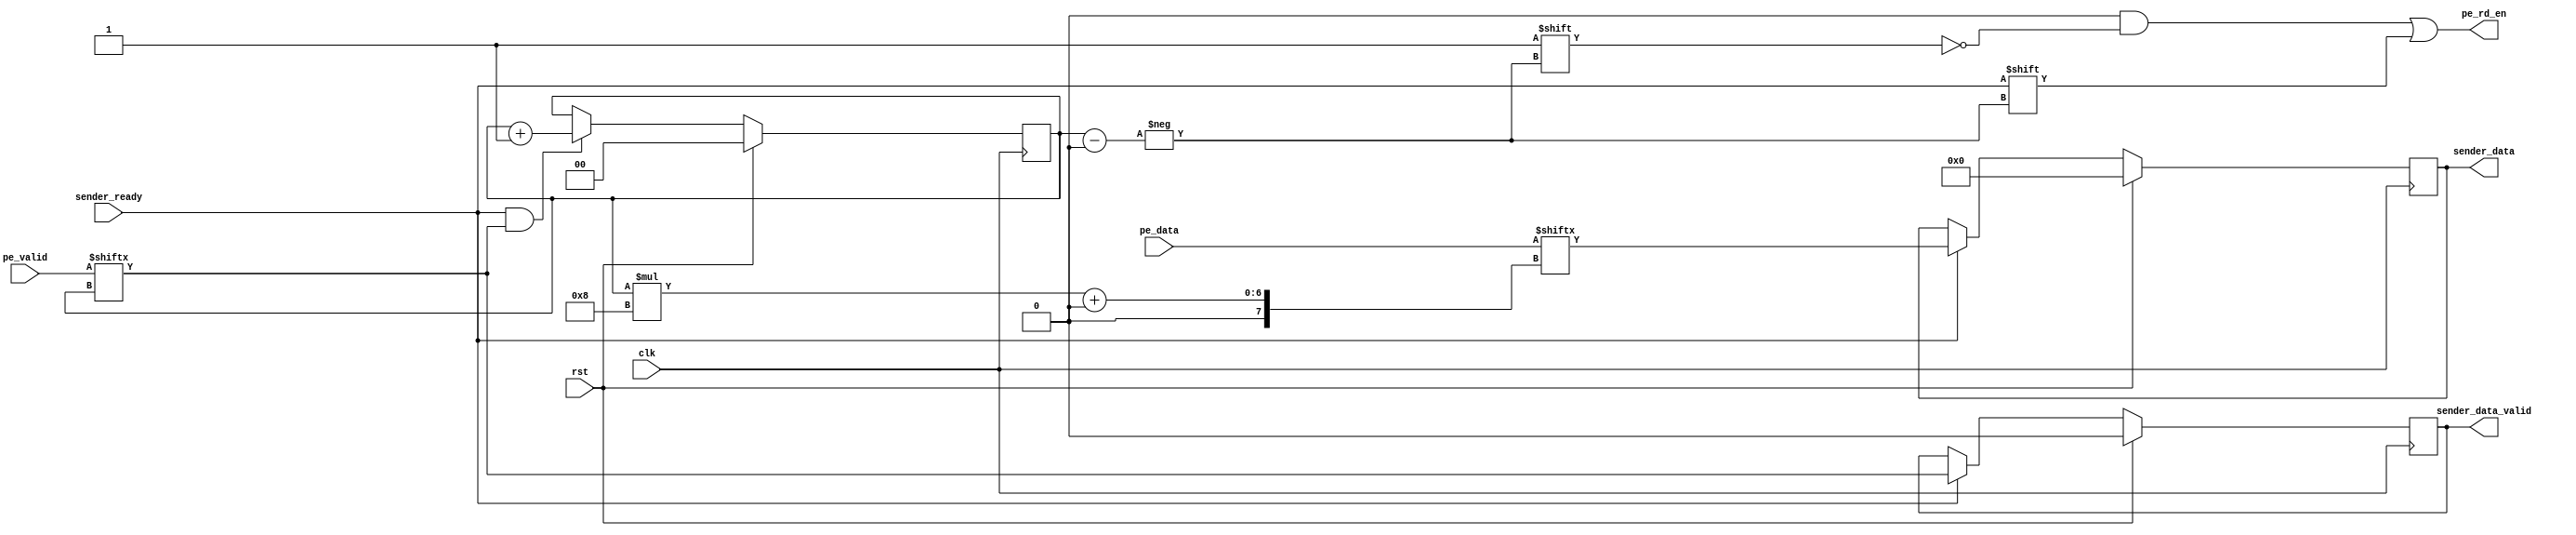
module SHDCollector #(parameter DNA_DATA_WIDTH = 128, NUM_PES = 4) (
        input clk,
        input rst,
        
        //PE Interface
        output reg[NUM_PES - 1:0] pe_rd_en,
        input[NUM_PES*8 - 1:0] pe_data,
        input[NUM_PES - 1:0] pe_valid,
        
        //Sender Interface
        input sender_ready,
        output sender_data_valid,
        output[7:0] sender_data
    );
    
    
    //SHD PE iterator
    wire pe_fetched;
    parameter PE_BITS = $clog2(NUM_PES);
    reg[PE_BITS - 1:0] pe_iterator = 0;
    wire advance_pe_it;
    
    always@(posedge clk) begin
        if(rst) begin
            pe_iterator <= 0;
        end
        else begin
            if(advance_pe_it) begin
                pe_iterator <= pe_iterator + 1'b1;
            end
        end
    end
    
    assign advance_pe_it = pe_fetched;
    
    
    //Register Input
    reg[7:0] dna_err_r;
    reg dna_err_valid_r;
    wire accept_pe_data;
    
    always@(posedge clk) begin
        if(rst) begin
            dna_err_r <= 0;
            dna_err_valid_r <= 1'b0;
        end
        else begin
            if(accept_pe_data) begin
                dna_err_r <= pe_data[pe_iterator*8 +: 8];
                dna_err_valid_r <= pe_valid[pe_iterator];
            end
        end
    end
    
    always@* begin
        pe_rd_en = 0;
        pe_rd_en[pe_iterator] = accept_pe_data;
    end
    
    assign pe_fetched = accept_pe_data && pe_valid[pe_iterator];
    
    assign accept_pe_data = sender_ready;
    
    assign sender_data_valid = dna_err_valid_r;
    assign sender_data = dna_err_r;
        
endmodule